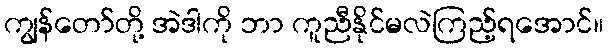
ကျွန်တော်တို့ အဲဒါကို ဘာ ကူညီနိုင်မလဲကြည့်ရအောင်။